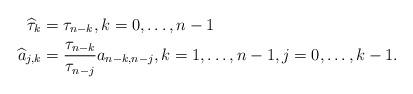
LaTeX: \begin{align*}\widehat{\tau}_k &= \tau_{n-k}, k=0,\ldots,n-1 \\\widehat{a}_{j, k} &= \frac{\tau_{n-k}}{\tau_{n-j}} a_{n-k,n-j}, k=1,\ldots,n-1, j=0,\ldots,k-1. \end{align*}